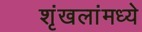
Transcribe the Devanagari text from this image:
शृंखलांमध्ये